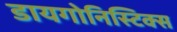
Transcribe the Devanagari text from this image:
डायगोनिस्टिक्‍स